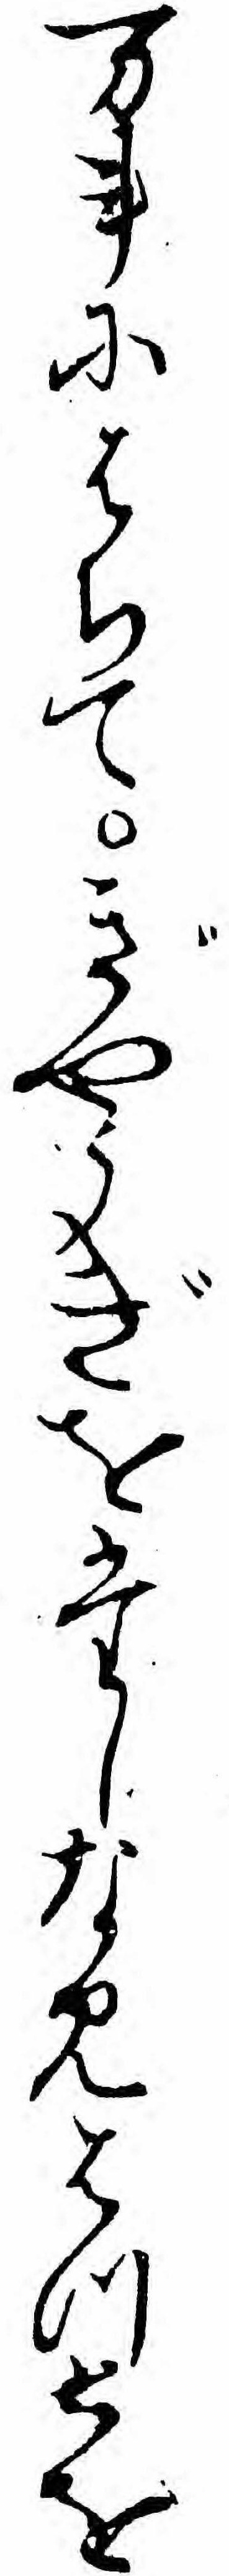
万事にはちてぎやうぎをたしなみはつとを